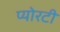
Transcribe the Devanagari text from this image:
प्योरटी